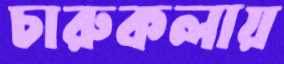
চারুকলায়